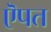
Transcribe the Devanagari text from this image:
ऎपत